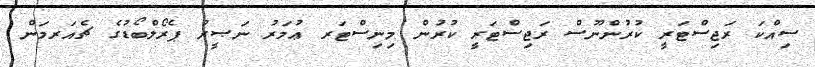
ސިއްކަ ރަޖިސްޓަރީ ކުރުންނޫސް ރަޖިސްޓަރީ ކުރުން މިނިސްޓަރ ޢުމަރު ނަޞީރު ޕެރޯލްބޯޑުގެ ޗެއަރމަން